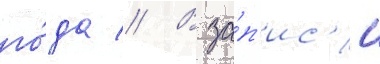
го́да // В за́п'ис'и